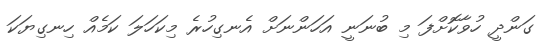
ގަންދީ ހުވާކޮށްފަ މި ބުނަނީ އަހަންނަށް އެނގިހުރެ މިކަހަލަ ކަމެއް ހިނގިޔަކަ